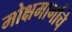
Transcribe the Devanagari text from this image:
मोक्षमार्गाचे